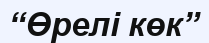
“Өрелі көк”